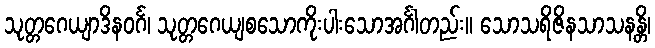
သုတ္တဂေယျာဒိနဝင်္ဂ၊ သုတ္တဂေယျစသောကိုးပါးသောအင်္ဂါတည်း။ သောသရိဇိနသာသနန္တိ၊